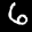
Label: 6